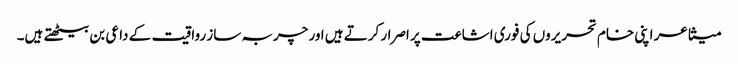
متشاعر اپنی خام تحریروں کی فوری اشاعت پر اصرار کرتے ہیں اور چربہ ساز رواقیت کے داعی بن بیٹھتے ہیں۔